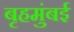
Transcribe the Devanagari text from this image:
बृहमुंबई